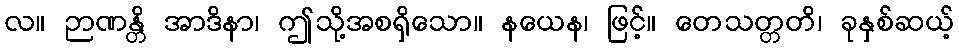
လ။ ဉာဏန္တိ အာဒိနာ၊ ဤသို့အစရှိသော။ နယေန၊ ဖြင့်။ တေသတ္တတိ၊ ခုနှစ်ဆယ့်